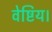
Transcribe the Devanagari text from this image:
वेष्टिय।